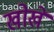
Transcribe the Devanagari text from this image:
खोखे